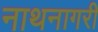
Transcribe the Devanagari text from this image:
नाथनागरी